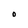
Character: O